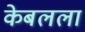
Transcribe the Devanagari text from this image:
केबलला